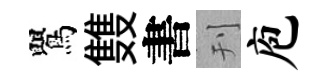
鸎䨇書刊庖